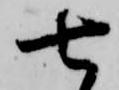
七